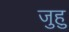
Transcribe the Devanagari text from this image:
जुहु